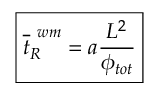
\boxed { \overline { { t } } _ { R } ^ { \ w m } = a \frac { L ^ { 2 } } { \phi _ { t o t } } }